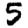
Digit: 5